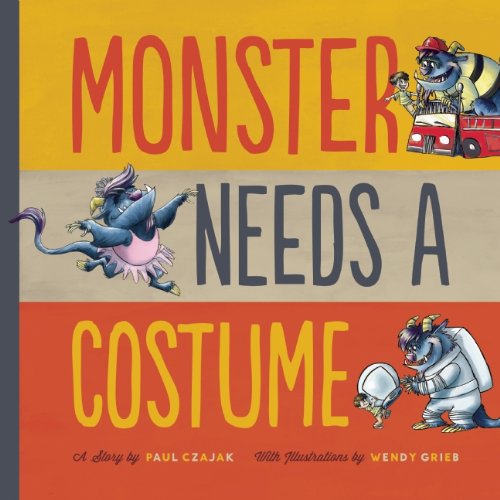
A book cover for Monster Needs a Costume (Monster & Me); Paul Czajak; Children's Books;